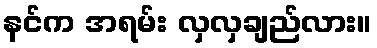
နင်က အရမ်း လှလှချည်လား။